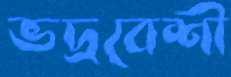
ভদ্রবেশী